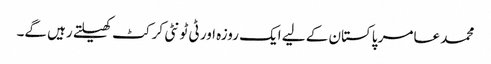
محمد عامر پاکستان کے لیے ایک روزہ اور ٹی ٹونٹی کرکٹ کھیلتے رہیں گے۔